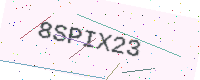
Text: 8SPIX23